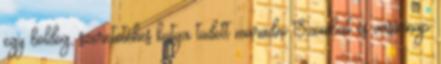
egy boldog, szeretetéhes kutya tudott maradni Szombat és vasárnap